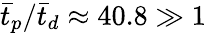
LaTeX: \bar{t}_{p}/\bar{t}_{d}\approx 40.8\gg 1